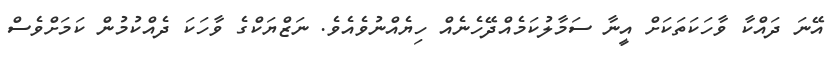
އޭނަ ދައްކާ ވާހަކަތަކަށް އީނާ ސަމާލުކަމެއްދޭހެނެއް ހިޔެއްނުވެއެވެ. ނަޒްޔަކްގެ ވާހަކަ ދެއްކުމުން ކަމަށްވެސް